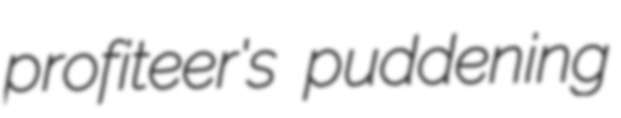
profiteer's puddening